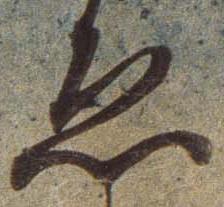
ゑ